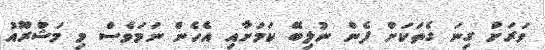
ވަރަށް ގިނަ ގެތަކަށް ފެން ނުލިބޭ ކަމަށާއި އެހެން ނަމަވެސް މި މަޝްރޫއު